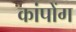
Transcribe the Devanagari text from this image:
कांपोंग